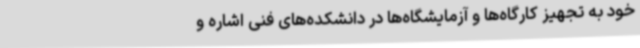
خود به تجهیز کارگاه‌ها و آزمایشگاه‌ها در دانشکده‌های فنی اشاره و